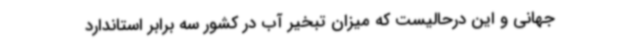
جهانی و این درحالیست که میزان تبخیر آب در کشور سه برابر استاندارد